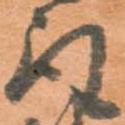
取